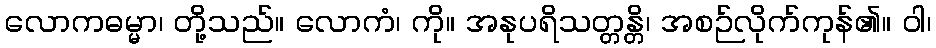
လောကဓမ္မာ၊ တို့သည်။ လောကံ၊ ကို။ အနုပရိသတ္တန္တိ၊ အစဉ်လိုက်ကုန်၏။ ဝါ၊